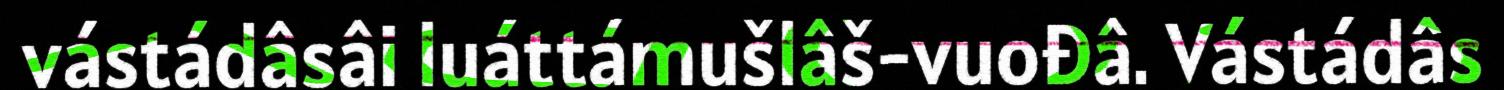
vástádâsâi luáttámušlâš-vuođâ. Vástádâs